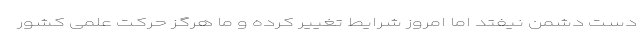
دست دشمن نیفتد اما امروز شرایط تغییر کرده و ما هرگز حرکت علمی کشور